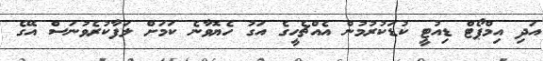
އަދި އިމްޕޯޓް ޑިއުޓީ ކުޑަކުރުމުން އެއްޗެހީގެ އަގު ހެޔޮވާނެ ކަމަށް ލަފާކުރެވުނަސް އޭގެ